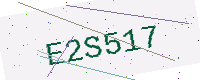
Text: E2S517